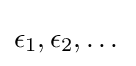
\epsilon _{1},\epsilon _{2},\dots